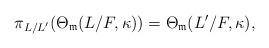
LaTeX: \begin{align*} \pi_{L/L^\prime}(\Theta_{\mathfrak{m}}(L/F,\kappa))=\Theta_{\mathfrak{m}}(L^\prime/F,\kappa),\end{align*}